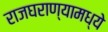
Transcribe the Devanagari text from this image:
राजघराण्यामध्ये